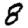
Digit: 8